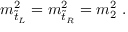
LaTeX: m _ { \tilde { t } _ { L } } ^ { 2 } = m _ { \tilde { t } _ { R } } ^ { 2 } = m _ { 2 } ^ { 2 } \ .